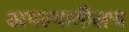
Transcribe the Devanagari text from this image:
आपल्यातीलच